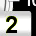
Digit: 2